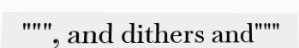
""", and dithers and"""